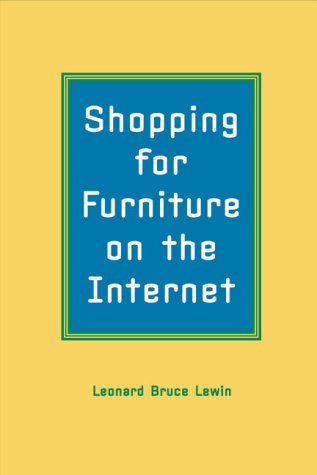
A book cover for Shopping for Furniture on the Internet; Leonard Bruce Lewin; Computers & Technology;